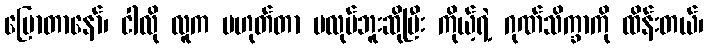
ပြောတာနော်၊ ငါလို လူက မဟုတ်တာ မလုပ်ဘူးဆိုပြီး ကိုယ့်ရဲ့ ဂုဏ်သိက္ခာကို ထိန်းတယ်၊